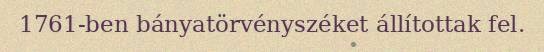
1761-ben bányatörvényszéket állítottak fel.